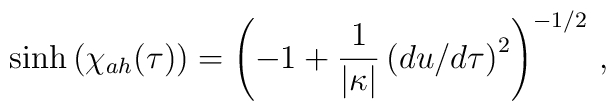
\sinh{(\chi_{ah}(\tau))}=\left(-1+{1\over \vert\kappa\vert}\left(du/d\tau\right)^2\right)^{-1/2} \,,